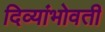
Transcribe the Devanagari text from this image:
दिव्यांभोवती